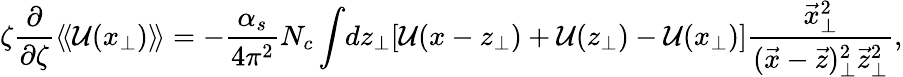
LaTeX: \zeta\frac{\partial}{\partial\zeta}\langle\! \langle{\cal U}(x_{\perp})\rangle\! \rangle=-{\frac{\alpha_{s}}{4\pi^{2}}}N_{c}\int\! dz_{\perp}[{\cal U}(x-z_{\perp})+{\cal U}(z_{\perp})-{\cal U}(x_{\perp})]{\frac{\vec{x}_{\perp}^{2}}{(\vec{x}-\vec{z})_{\perp}^{2}\vec{z}_{\perp}^{2}}},